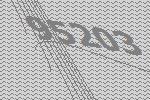
95203